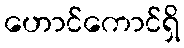
ဟောင်ကောင်ရှိ